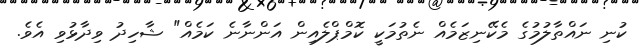
ކުނި ނައްތާލުމުގެ މެކޭނިޒަމެއް ނެތުމަކީ ކޮމްޕްލެއިން އަންނާނެ ކަމެއް" ޝާހިދު ވިދާޅުވި އެވެ.